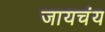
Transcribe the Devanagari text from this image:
जायचंय